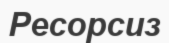
Ресорсиз